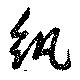
紇